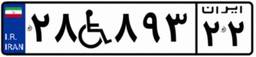
۵۵W۲۲۶۹۰